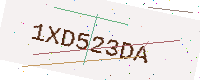
Text: 1XD523DA